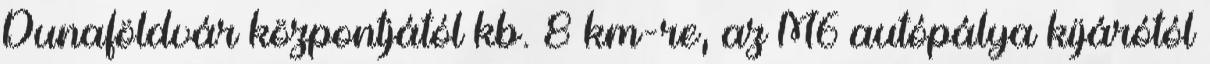
Dunaföldvár központjától kb. 8 km-re, az M6 autópálya kijárótól